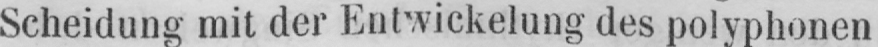
Scheidung mit der Entwickelung des polyphonen